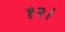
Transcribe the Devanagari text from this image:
१२।